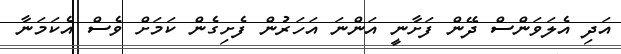
އަދި އެލަވަންސް ދޭން ފަށާނީ އަންނަ އަހަރުން ފެށިގެން ކަމަށް ވެސް އެކަމަނާ